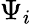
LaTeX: \Psi_{i}